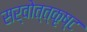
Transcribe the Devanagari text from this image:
सर्वोत्त्कृष्ट